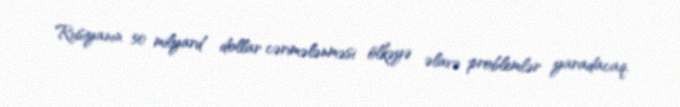
Rusiyanın 50 milyard dollar cərimələnməsi ölkəyə əlavə problemlər yaradacaq.